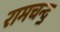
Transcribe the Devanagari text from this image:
रामचन्द॒